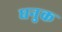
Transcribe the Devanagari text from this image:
धनुक